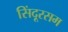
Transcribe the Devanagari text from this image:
सिंदूरसम